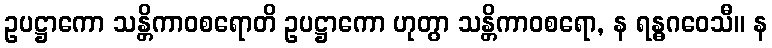
ဥပဋ္ဌာကော သန္တိကာဝစရောတိ ဥပဋ္ဌာကော ဟုတွာ သန္တိကာဝစရော, န ရန္ဓဂဝေသီ။ န